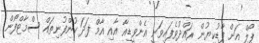
ޕޯލް އަށް ފާޑުކިޔުން ރައްދުވެފައިވަނީ އެންވީޑިއާ އާއި އާމް ފަދަ ކުންފުނިތައް ސްމާޓްފޯން